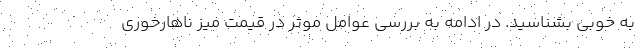
به خوبی بشناسید. در ادامه به بررسی عوامل موثر در قیمت میز ناهارخوری